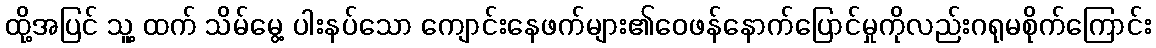
ထို့အပြင် သူ့ ထက် သိမ်မွေ့ ပါးနပ်သော ကျောင်းနေဖက်များ၏ဝေဖန်နောက်ပြောင်မှုကိုလည်းဂရုမစိုက်ကြောင်း